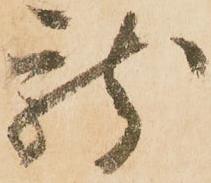
龍